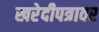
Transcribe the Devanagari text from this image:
खरेदीपत्रावर